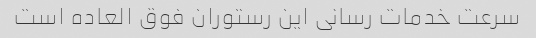
سرعت خدمات رسانی این رستوران فوق العاده است